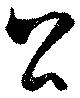
公